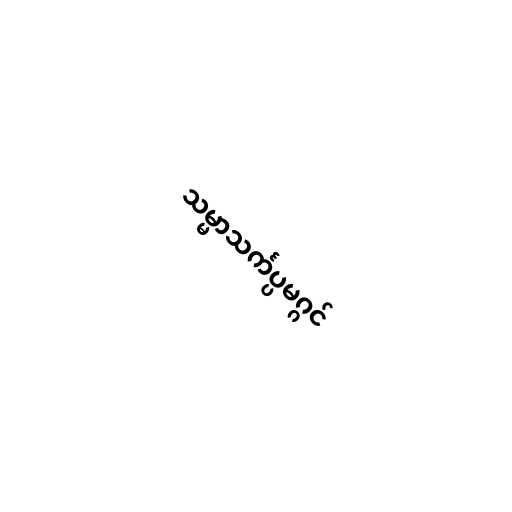
သမ္မာသင်္ကပ္ပမဂ္ဂင်